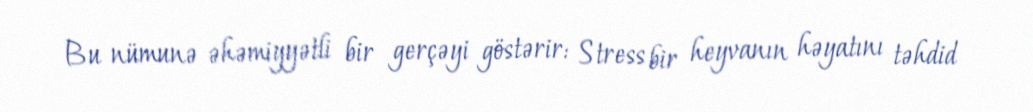
Bu nümunə əhəmiyyətli bir gerçəyi göstərir: Stress bir heyvanın həyatını təhdid